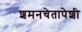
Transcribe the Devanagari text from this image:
शमनचेतापेशी